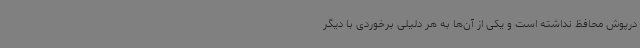
درپوش محافظ نداشته است و یکی از آن‌ها به هر دلیلی برخوردی با دیگر